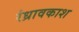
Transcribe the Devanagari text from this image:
रंध्रावकाश